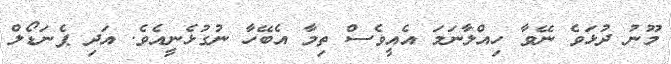
މޫނު ދުޅަވެ ނޭވާ ހިއްލާނަމަ އެއީވެސް ތިމާ އެބޭހާ ނުގުޅެނީއެވެ. އަދި ޕެނަޑޯލް